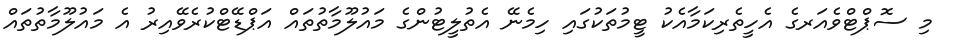
މި ސޮޕްޓްވެއަރގެ އެހީތެރިކަމާއެކު ޓީމުތަކުގައި ހިމެނޭ އެތުލީޓުންގެ މައުލޫމާތުތައް އަޕްޑޭޓްކުރެވޭއިރު އެ މައުލޫމާތުތައް